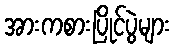
အားကစားပြိုင်ပွဲများ